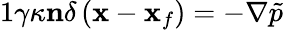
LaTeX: \begin{array}{r}{{1}\gamma\kappa\mathbf{n}\delta\left(\mathbf{x}-\mathbf{x}_{f}\right)=-\nabla\tilde{p}}\end{array}